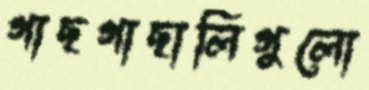
গাছগাছালিগুলো